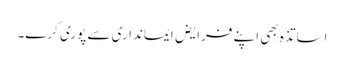
اساتذہ بھی اپنے فرایض ایمانداری سے پوری کرے۔